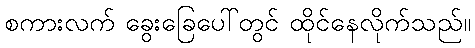
စကားလက် ခွေးခြေပေါ်တွင် ထိုင်နေလိုက်သည်။